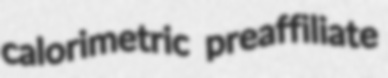
calorimetric preaffiliate